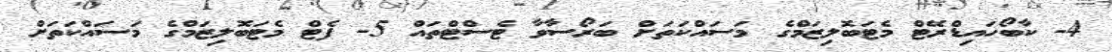
4- ކާބޯހައިޑްރޭޓް މެޓަބޮލިޒަމްގެ މަސައްކަތަށް ބަރޯސާވާ ޓެސްޓްތައް 5- ފެޓް މެޓަބޮލިޒަމްގެ މަސައްކަތަށް